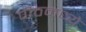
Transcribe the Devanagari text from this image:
पीठमध्ये